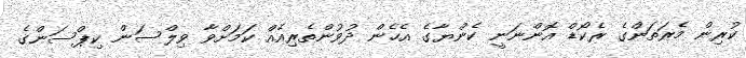
ކުރިން މެރަތަންގެ ރެކޯޑް އޮންނަނީ ކެންޔާގެ އެހެން ދުވުންތެރިއެއް ކަމަށްވާ ވިލްސަން ކިޕްސަންގެ